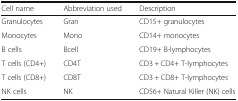
<table><thead><tr><td><b>Cell name</b></td><td><b>Abbreviation used</b></td><td><b>Description</b></td></tr></thead><tbody><tr><td>Granulocytes</td><td>Gran</td><td>CD15+ granulocytes</td></tr><tr><td>Monocytes</td><td>Mono</td><td>CD14+ monocytes</td></tr><tr><td>B cells</td><td>Bcell</td><td>CD19+ B-lymphocytes</td></tr><tr><td>T cells (CD4+)</td><td>CD4T</td><td>CD3 + CD4+ T-lymphocytes</td></tr><tr><td>T cells (CD8+)</td><td>CD8T</td><td>CD3 + CD8+ T-lymphocytes</td></tr><tr><td>NK cells</td><td>NK</td><td>CD56+ Natural Killer (NK) cells</td></tr></tbody></table>